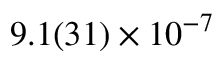
9 . 1 ( 3 1 ) \times 1 0 ^ { - 7 }